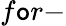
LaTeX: f\mathtt{o}r-